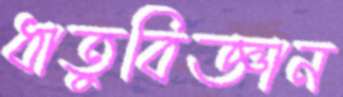
ধাতুবিজ্ঞান